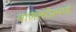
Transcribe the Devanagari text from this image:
माणसांप्रमणे